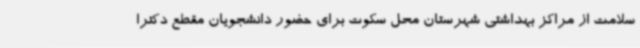
سلامت از مراکز بهداشتی شهرستان محل سکوت برای حضور دانشجویان مقطع دکترا